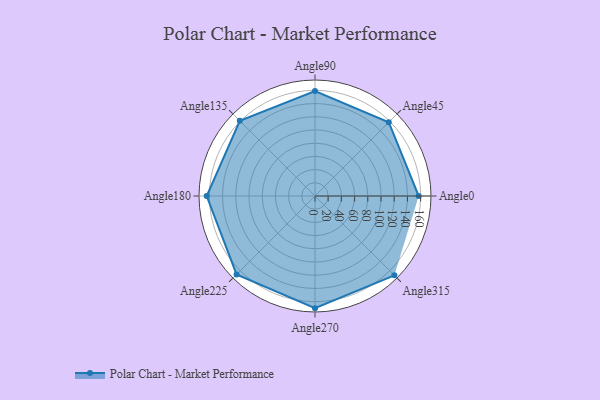
{"axis": {"x": "Angle", "y": "Radius"}, "legend": [""], "data": [{"x": "Angle0", "y": 157.0, "type": ""}, {"x": "Angle45", "y": 158.0, "type": ""}, {"x": "Angle90", "y": 159.0, "type": ""}, {"x": "Angle135", "y": 161.0, "type": ""}, {"x": "Angle180", "y": 164.0, "type": ""}, {"x": "Angle225", "y": 168.0, "type": ""}, {"x": "Angle270", "y": 170, "type": ""}, {"x": "Angle315", "y": 170, "type": ""}]}